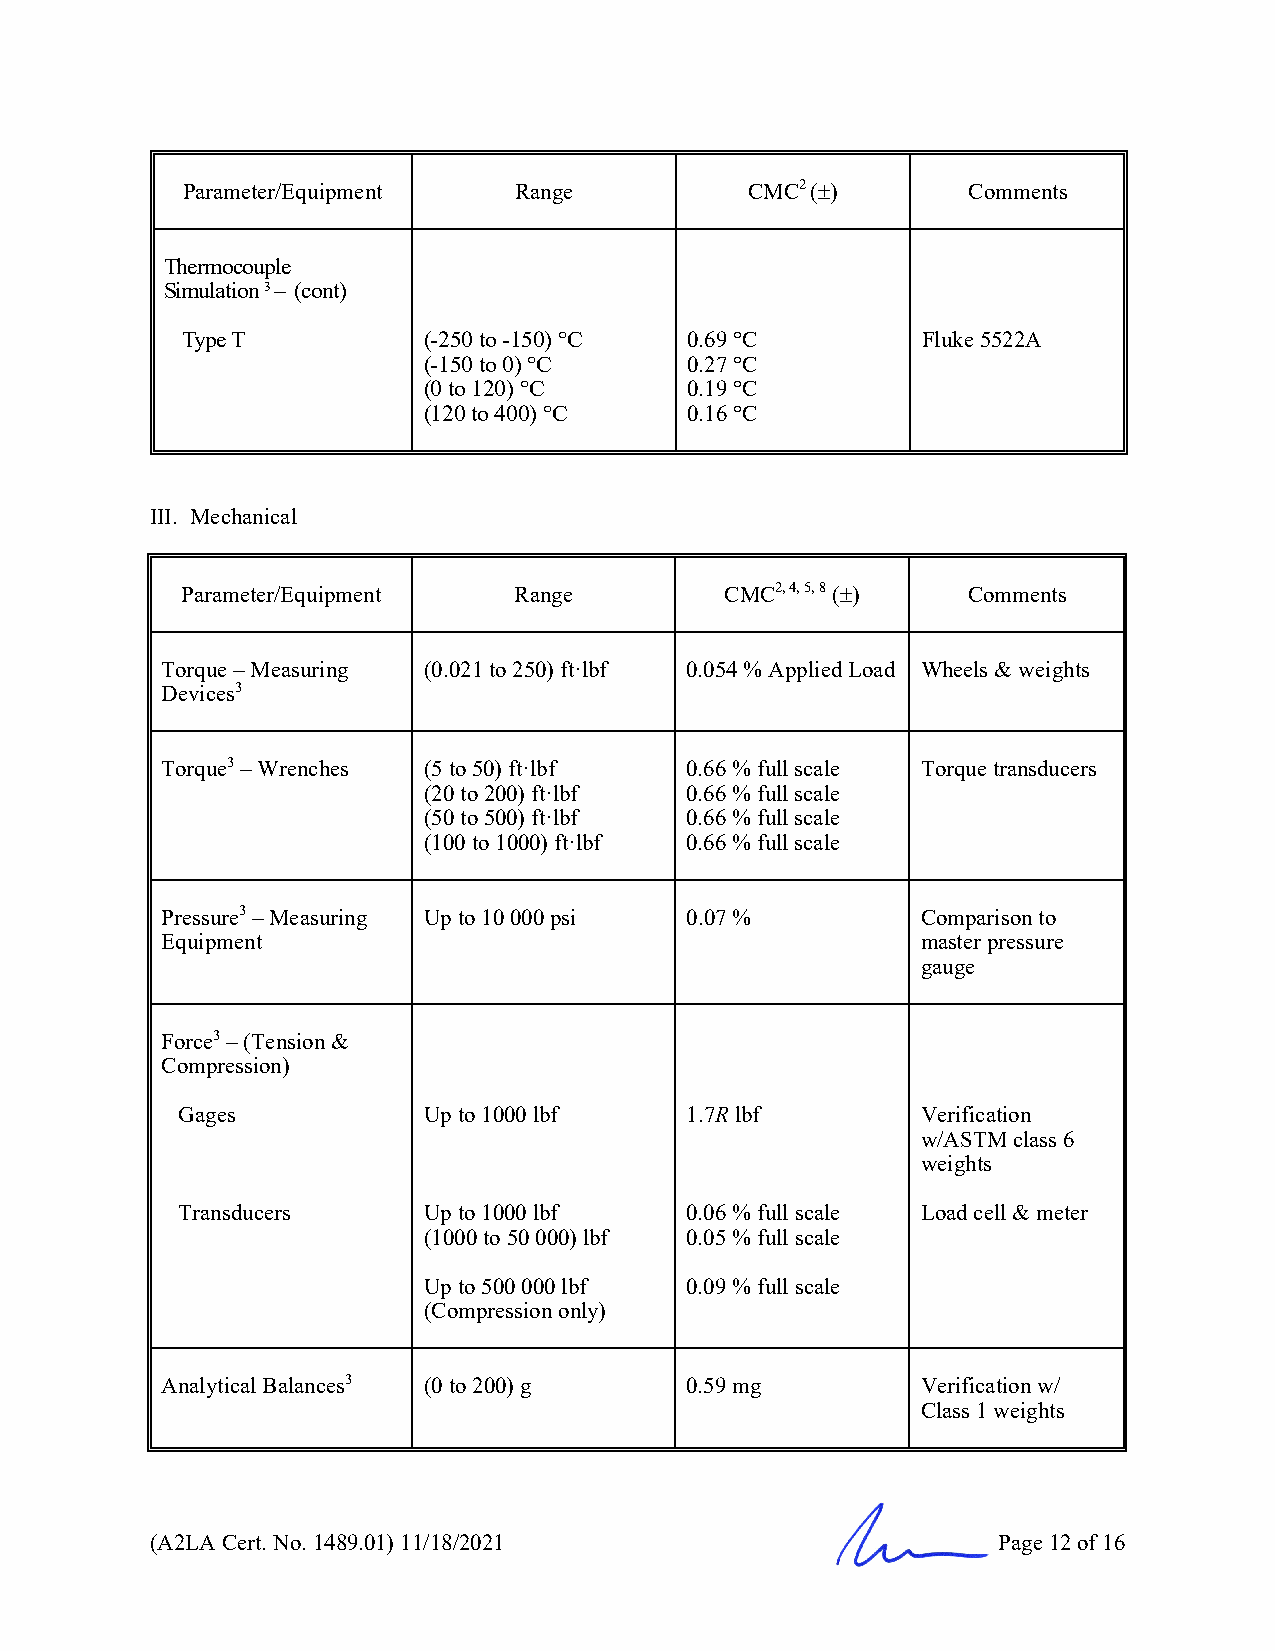
Parameter/Equipment   Range           CMC2 ()      Comments
 Thermocouple
 Simulation 3 – (cont)
 Type T          (-250 to -150) °C 0.69 °C        Fluke 5522A
 (-150 to 0) °C   0.27 °C
 (0 to 120) °C    0.19 °C
 (120 to 400) °C  0.16 °C
 III. Mechanical
 Parameter/Equipment   Range         CMC2, 4, 5, 8 () Comments
 Torque – Measuring (0.021 to 250) ftꞏlbf 0.054 % Applied Load Wheels & weights
 Devices3
 Torque3 – Wrenches (5 to 50) ftꞏlbf 0.66 % full scale Torque transducers
 (20 to 200) ftꞏlbf 0.66 % full scale
 (50 to 500) ftꞏlbf 0.66 % full scale
 (100 to 1000) ftꞏlbf 0.66 % full scale
 Pressure3 – Measuring Up to 10 000 psi 0.07 %     Comparison to
 Equipment                                         master pressure
 gauge
 Force3 – (Tension &
 Compression)
 Gages           Up to 1000 lbf   1.7R lbf        Verification
 w/ASTM class 6
 weights
 Transducers     Up to 1000 lbf   0.06 % full scale Load cell & meter
 (1000 to 50 000) lbf 0.05 % full scale
 Up to 500 000 lbf 0.09 % full scale
 (Compression only)
 Analytical Balances3 (0 to 200) g 0.59 mg         Verification w/
 Class 1 weights
 (A2LA Cert. No. 1489.01) 11/18/2021                     Page 12 of 16